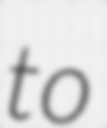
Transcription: to